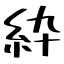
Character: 紣